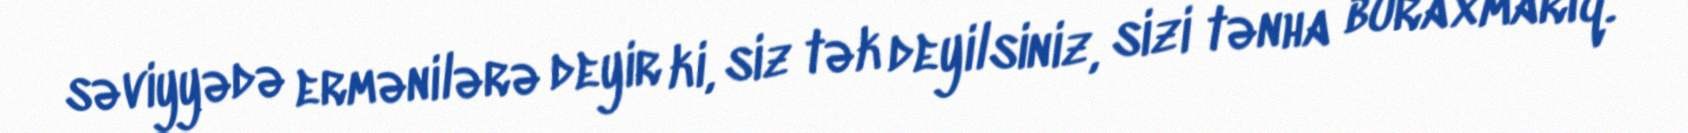
səviyyədə ermənilərə deyir ki, siz tək deyilsiniz, sizi tənha buraxmarıq.